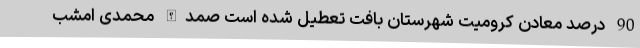
90 درصد معادن کرومیت شهرستان بافت تعطیل شده است صمدالله محمدی امشب